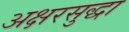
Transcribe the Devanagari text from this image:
अक्षरसुद्धा